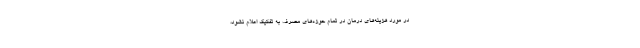
در مورد هزینه‌های درمان در تمام حوزه‌های مصرف به تفکیک اعلام نشود،